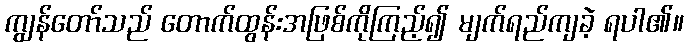
ကျွန်တော်သည် တောက်ထွန်းအဖြစ်ကိုကြည့်၍ မျက်ရည်ကျခဲ့ ရပါ၏။